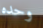
وحده